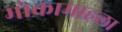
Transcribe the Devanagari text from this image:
मोकामाहला